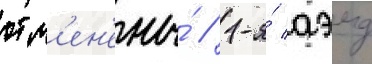
отм'ен'ены́ // 1-я́ аэмд